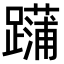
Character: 𨆶